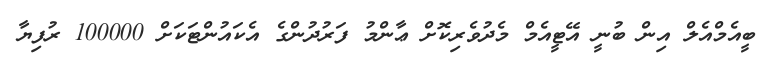
ބީއެމްއެލް އިން ބުނީ އޭޓީއެމް މެދުވެރިކޮށް ޢާންމު ފަރުދުންގެ އެކައުންޓަކަށް 100000 ރުފިޔާ